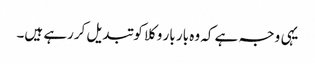
یہی وجہ ہے کہ وہ بار بار وکلا کو تبدیل کررہے ہیں۔